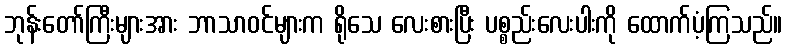
ဘုန်းတော်ကြီးများအား ဘာသာဝင်များက ရိုသေ လေးစားပြီး ပစ္စည်းလေးပါးကို ထောက်ပံ့ကြသည်။